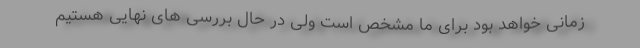
زمانی خواهد بود برای ما مشخص است ولی در حال بررسی های نهایی هستیم